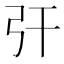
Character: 㢨